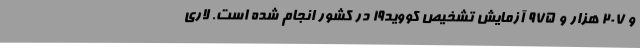
و 207 هزار و 975 آزمایش تشخیص کووید19 در کشور انجام شده است. لاری